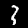
Label: 3